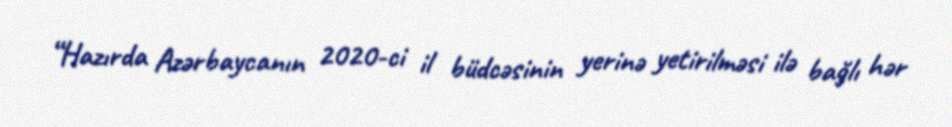
“Hazırda Azərbaycanın 2020-ci il büdcəsinin yerinə yetirilməsi ilə bağlı hər